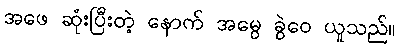
အဖေ ဆုံးပြီးတဲ့ နောက် အမွေ ခွဲဝေ ယူသည်။